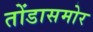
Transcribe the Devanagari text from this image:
तोंडासमोर